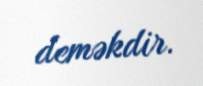
deməkdir.